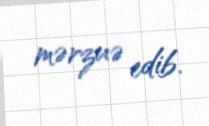
mərzuə edib.